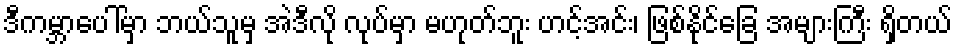
ဒီကမ္ဘာပေါ်မှာ ဘယ်သူမှ အဲဒီလို လုပ်မှာ မဟုတ်ဘူး ဟင့်အင်း၊ ဖြစ်နိုင်ခြေ အများကြီး ရှိတယ်